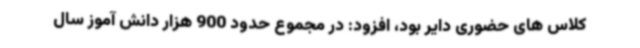
کلاس های حضوری دایر بود، افزود: در مجموع حدود 900 هزار دانش آموز سال